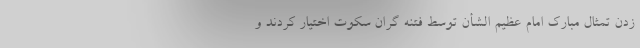
زدن تمثال مبارک امام عظیم الشأن توسط فتنه گران سکوت اختیار کردند و